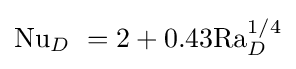
{\mathrm {Nu} }_{D}\ =2+0.43\mathrm {Ra} _{D}^{1/4}